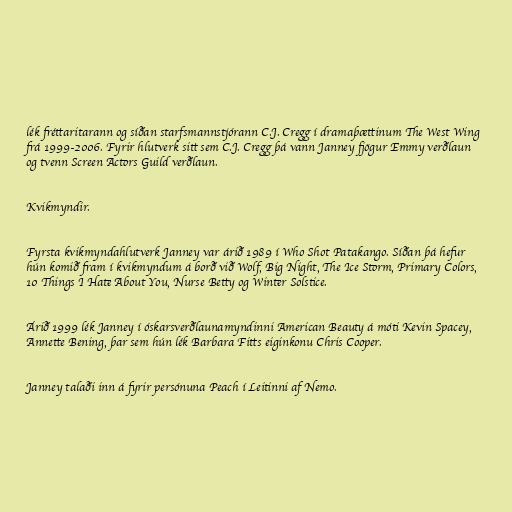
lék fréttaritarann og síðan starfsmannstjórann C.J. Cregg í dramaþættinum The West Wing
frá 1999-2006. Fyrir hlutverk sitt sem C.J. Cregg þá vann Janney fjögur Emmy verðlaun
og tvenn Screen Actors Guild verðlaun.

Kvikmyndir.

Fyrsta kvikmyndahlutverk Janney var árið 1989 í Who Shot Patakango. Síðan þá hefur
hún komið fram í kvikmyndum á borð við Wolf, Big Night, The Ice Storm, Primary Colors,
10 Things I Hate About You, Nurse Betty og Winter Solstice.

Árið 1999 lék Janney í óskarsverðlaunamyndinni American Beauty á móti Kevin Spacey,
Annette Bening, þar sem hún lék Barbara Fitts eiginkonu Chris Cooper.

Janney talaði inn á fyrir persónuna Peach í Leitinni af Nemo.